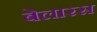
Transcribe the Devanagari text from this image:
बेलारस